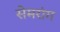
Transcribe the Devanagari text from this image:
सेमरांग